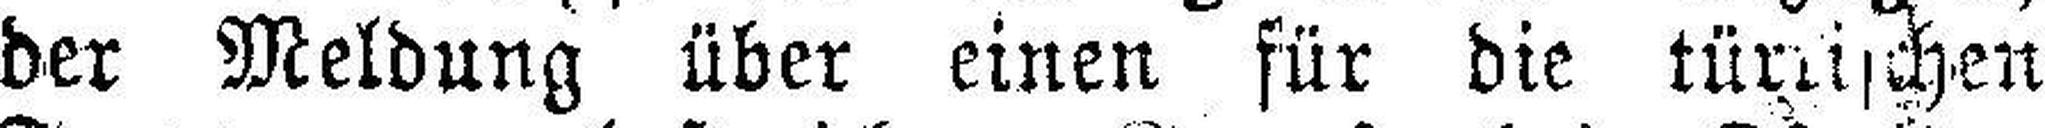
der Meldung über einen für die tümischen